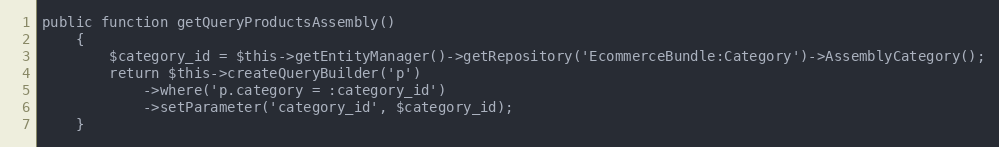
Language: PHP
public function getQueryProductsAssembly()
    {
        $category_id = $this->getEntityManager()->getRepository('EcommerceBundle:Category')->AssemblyCategory();
        return $this->createQueryBuilder('p')
            ->where('p.category = :category_id')
            ->setParameter('category_id', $category_id);
    }